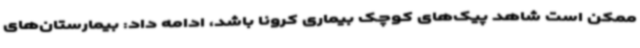
ممکن است شاهد پیک‌های کوچک بیماری کرونا باشد، ادامه داد: بیمارستان‌های